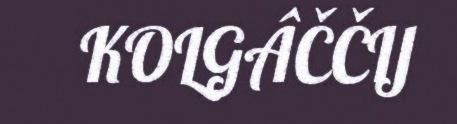
KOLGÂČČIJ